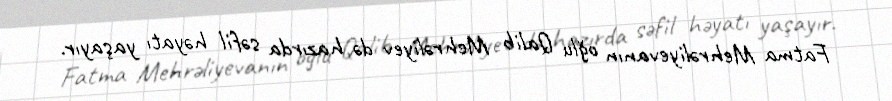
Fatma Mehrəliyevanın oğlu Qalib Mehrəliyev də hazırda səfil həyatı yaşayır.